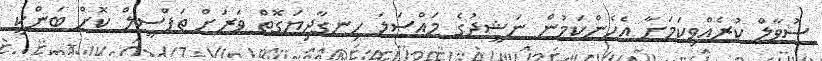
ސުވާލް ކުރެއްވިކަމަށާ އެހެންކަމުން ނަޝީދުގެ މައްސަލަ ހިނގާދިޔަގޮތް ވަރަށް ތަފްސީލް ކޮށް ބަންކީ